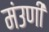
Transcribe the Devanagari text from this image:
मंउणी